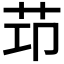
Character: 𦭎